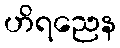
ဟိရညေန